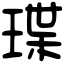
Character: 㻡